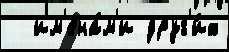
  им'ена́м'и друг'и́х